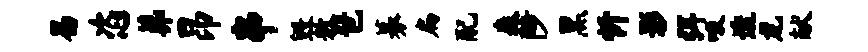
曷恣葬昂串毁敖琶募扁配森陟黑忻影弭吸透龙献